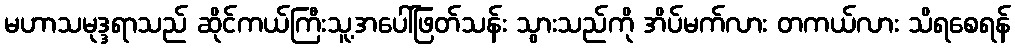
မဟာသမုဒ္ဒရာသည် ဆိုင်ကယ်ကြီးသူ့အပေါ်ဖြတ်သန်း သွားသည်ကို အိပ်မက်လား တကယ်လား သိရစေရန်